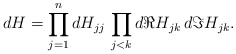
\begin{align*} dH = \prod_{j=1}^n dH_{jj} \, \prod_{j < k} d \Re H_{jk} \, d\Im H_{jk}.\end{align*}